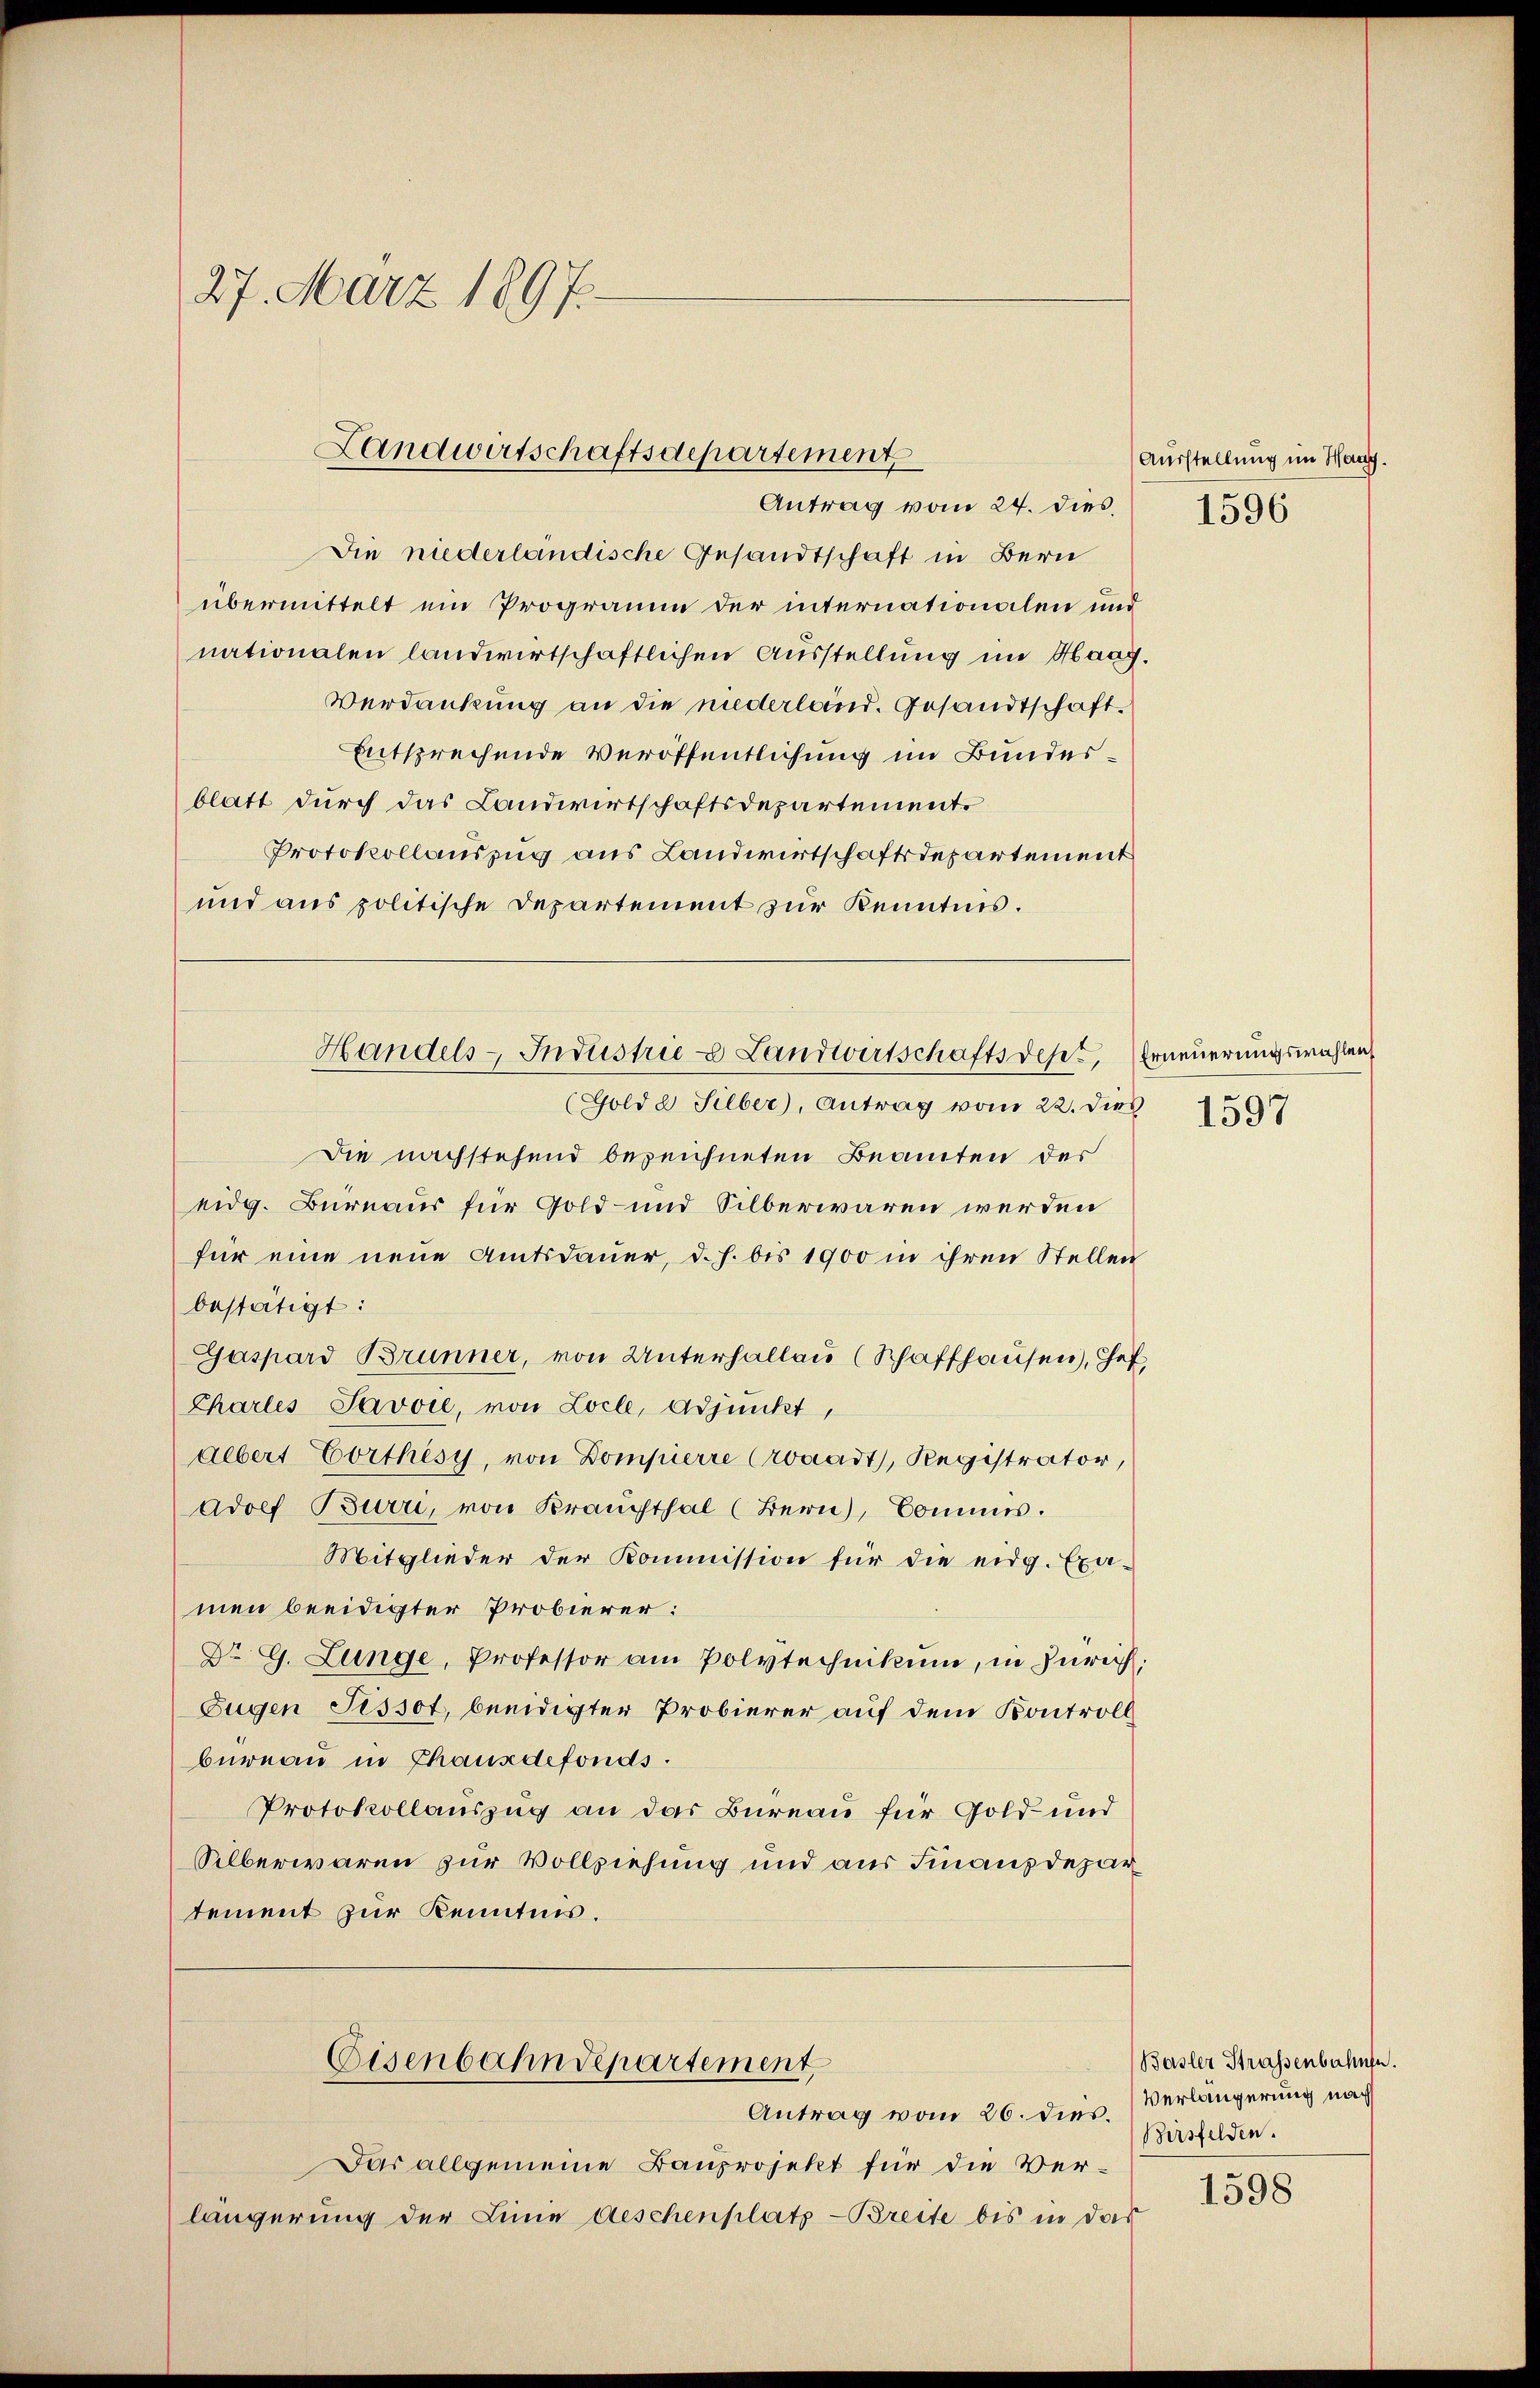
27. März 1897.

Landwirtschaftsdepartement

Antrag vom 24. dies.
Die niederländische Gesandtschaft in Bern
übermittelt ein Programm der internationalen und
nationalen landwirtschaftlichen Ausstellung im Haag,
Verdankung an die niederland. Gesandtschaft.
Entsprechende Veröffentlichung im Bundesblatt durch das Landwirtschaftsdepartement.
Protokollauszug aus Landwirtschaftsdepartement
und aus politische Departement zur Kenntnis.

Handels-Industrie & Landwirtschaftsdest, Erneuerungswahlen,

(Golde Silber, Antrag vom 22. dies 1597
Die nachstehend bezeichneten Beamten des
eidg. Bureaus für Gold- und Silberwaren werden
für eine neue Amtsdauer, d. h. bis 1900 in ihren Stellen
bestätigt:
Gaspard Brunner, von Unterhallau (Schaffhausen), Gef
Charles Savoie, von Locle, Adjunkt,
albert Vorthesy, von Dompierre Croaadt, Registrator,
Adolf Burri, von Brauchthal (Bern, Commis.
Mitglieder der Kommission für die eidg. Exa-
men beeidigter Probierer:
Dr G. Lunge, Professor am Polytechnikum, in Zürich,
Tugen Pissot, beeidigter Probierer auf dem Kontroll
bureau in Chausdefonds.
Protokollauszug an das Bureau für Gold und
Silberwaren zur Vollziehung und aus Finanzdepar
tement zur Kenntnis.
Eisenbahndepartement
Antrag vom 26. dies.
Das allgemeine Bauprojekt für die Verlängerung der Linie deschenplatz-Breite bis in das

Ausstellung im Hang.

1596

1598

Basler Strassenbahnse.
Verlängerung nach
Bersfelden.